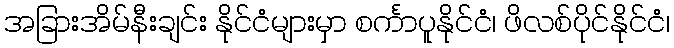
အခြားအိမ်နီးချင်း နိုင်ငံများမှာ စင်္ကာပူနိုင်ငံ၊ ဖိလစ်ပိုင်နိုင်ငံ၊